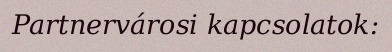
Partnervárosi kapcsolatok: